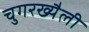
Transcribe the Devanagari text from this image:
चुगरख्यैली